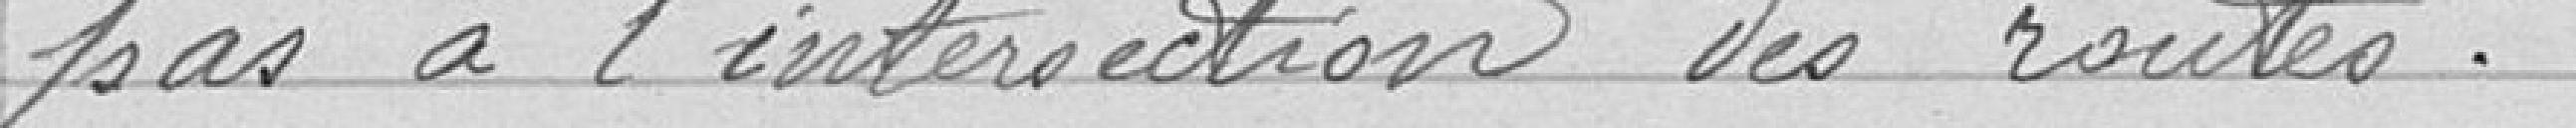
pas à l'intersection des routes.